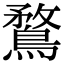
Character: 鶩